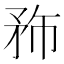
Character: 𥍦